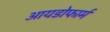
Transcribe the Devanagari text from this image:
आयडोफार्म